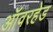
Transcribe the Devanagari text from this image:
ऑवरहेड